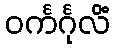
ဝင်္ကင်္ဂုလိံ